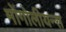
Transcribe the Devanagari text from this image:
मोंगोलीयन्स